King Institute of Preventive Medicine Bacteriolog. Section reports 1907-08
Year: 1907
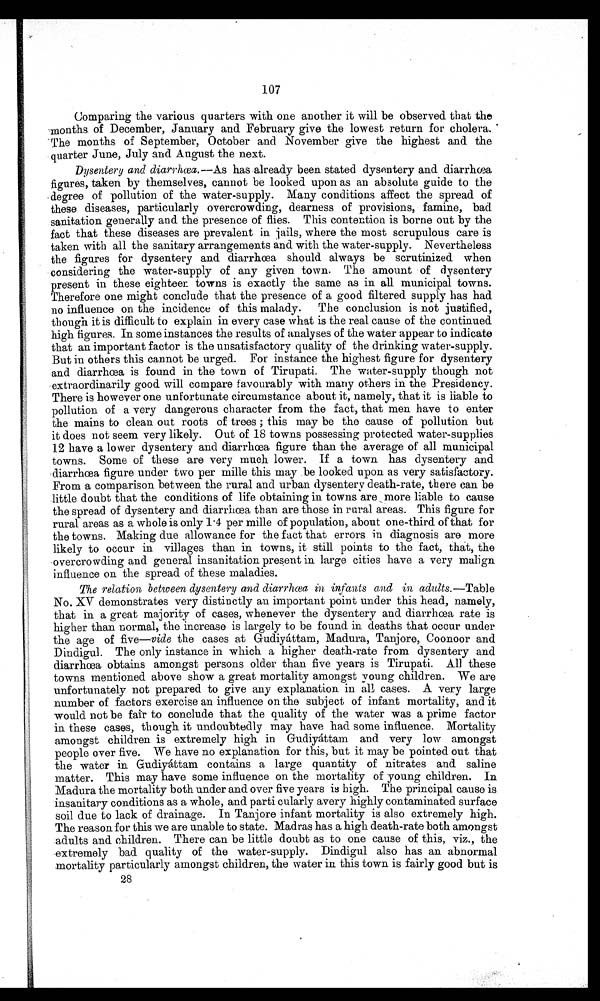
107
Comparing the various quarters with one another it will be observed that the
months of December, January and February give the lowest return for cholera.
The months of September, October and November give the highest and the
quarter June, July and August the next.
Dysentery and diarrhœa.–As has already been stated dysentery and diarrh
œ a f i g u r e s , t a k e n b y t h e m s e l v e s , c a n n o t b e l o o k e d u p o n a s a n a b s o l u t e g u i d e t o t h e
degree of pollution of the water-supply. Many conditions affect the spread of
these diseases, particularly overcrowding, dearness of provisions, famine, bad
sanitation generally and the presence of flies. This contention is borne out by the
fact that these diseases are prevalent in jails, where the most scrupulous care is
taken with all the sanitary arrangements and with the water-supply. Nevertheless
the figures for dysentery and diarrhœa should always be scrutinized when
considering the water–supply of any given town. The amount of dysentery
present in these eighteen towns is exactly the same as in all municipal towns.
Therefore one might conclude that the presence of a good filtered supply has had
no influence on the incidence of this malady. The conclusion is not justified,
though it is difficult to explain in every case what is the real cause of the continued
high figures. In some instances the results of analyses of the water appear to indicate
that an important factor is the unsatisfactory quality of the drinking water–supply.
But in others this cannot be urged. For instance the highest figure for dysentery
and diarrhœa is found in the town of Tirupati. The water–supply though not
extraordinarily good will compare favourably with many others in the Presidency.
There is however one unfortunate circumstance about it, namely, that it is liable to
pollution of a very dangerous character from the fact, that men have to enter
the mains to clean out roots of trees; this may be the cause of pollution but
it does not seem very likely. Out of 18 towns possessing protected water–supplies
12 have a lower dysentery and diarrhœa figure than the average of all municipal
towns. Some of these are very much lower. If a town has dysentery and
diarrhœa figure under two per mille this may be looked upon as very satisfactory.
From a comparison between the rural and urban dysentery death–rate, there can be
little doubt that the conditions of life obtaining in towns are more liable to cause
the spread of dysentery and diarrhœa than are those in rural areas. This figure for
rural areas as a whole is only 1 . 4 per mille of population, about one–third of that for
the towns. Making due allowance for the fact that errors in diagnosis are more
likely to occur in villages than in towns, it still points to the fact, that, the
overcrowding and general insanitation present in large cities have a very malign
influence on the spread of these maladies.
The relation between dysentery and diarrhœa in infants and in adults.—Table
No. XV demonstrates very distinctly an important point under this head, namely,
that in a great majority of cases, whenever the dysentery and diarrhœa rate is
higher than normal, the increase is largely to be found in deaths that occur under
the age of five—vide the cases at Gudiyáttam, Madura, Tanjore, Coonoor and
Dindigul. The only instance in which a higher death–rate from dysentery and
diarrhœa obtains amongst persons older than five years is Tirupati. All these
towns mentioned above show a great mortality amongst young children. We are
unfortunately not prepared to give any explanation in all cases. A very large
number of factors exercise an influence on the subject of infant mortality, and it
would not be fair to conclude that the quality of the water was a prime factor
in these cases, though it undoubtedly may have had some influence.Mortality amongst
c h i l d r e n i s e x t r e m e l y h i g h i n G u d i y á t t a m a n d v e r y l o w a m o n g s t p e o p l e o v e r f i v e . W e h a v e n o e x p l a n a t i o n f o r t h i s , b u t i t m a y b e p o i n t e d o u t t h a t
the water in Gudiyáttam contains a large quantity of nitrates and saline
matter. This may have some influence on the mortality of young children. In
Madura the mortality both under and over five year is high.The principal cause is
insanitary conditions as a whole, and parti cularly avery highly contaminated surface
soil due to lack of drainage. In Tanjore infant mortality is also extremely high.
The reason for this we are unable to state. Madras has a high death–rate both amongst
adults and children. There can be little doubt as to one cause of this, viz., the
extremely bad quality of the water–supply. Dindigul also has an abnormal
mortality particularly amongst children, the water in this town is fairly good but is
28